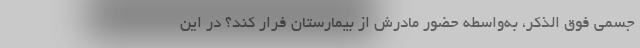
جسمی فوق الذکر، به‌واسطه حضور مادرش از بیمارستان فرار کند؟ در این